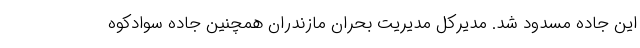
این جاده مسدود شد. مدیرکل مدیریت بحران مازندران همچنین جاده سوادکوه